Indian journal of veterinary science and animal husbandry - Volume 11,
Year: 1941
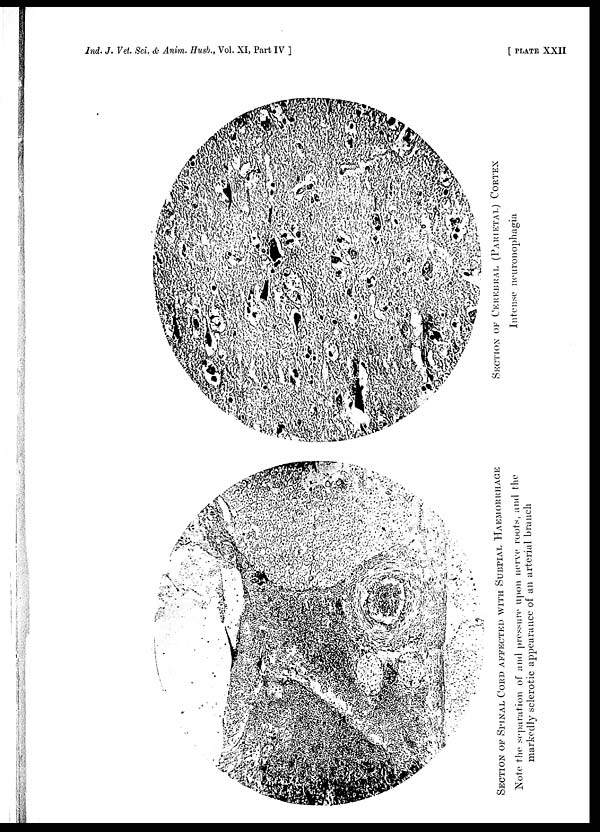
Ind. J. Vet. Sci. & Anim. Husb., Vol. XI, Part IV ]
[ PLATE XXII
SECTION OF SPINAL CORD AFFECTED WITH SUBPIAL HAEMORRHAGE
Note the separation of and pressure upon nerve roots, and the
markedly sclerotic appearance of an arterial branch
SECTION OF CEREBRAL (PARIETAL) CORTEX
Intense neuronophagia